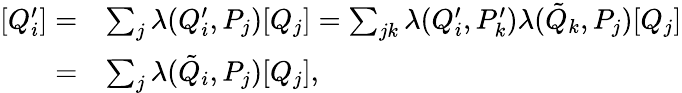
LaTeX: \begin{array}{rl}{[Q_{i}^{\prime}]=}&{\sum_{j}\lambda(Q_{i}^{\prime},P_{j})[Q_{j}]=\sum_{jk}\lambda(Q_{i}^{\prime},P_{k}^{\prime})\lambda(\tilde{Q}_{k},P_{j})[Q_{j}]}\\ {=}&{\sum_{j}\lambda(\tilde{Q}_{i},P_{j})[Q_{j}],}\end{array}